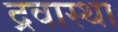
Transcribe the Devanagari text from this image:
द्रवास्था